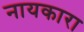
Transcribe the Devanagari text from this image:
नायकारा